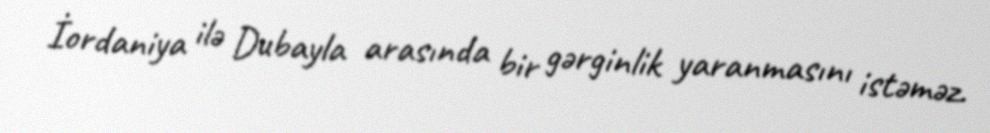
İordaniya ilə Dubayla arasında bir gərginlik yaranmasını istəməz.